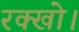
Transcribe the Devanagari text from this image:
रक्खो।